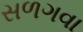
સળગવા